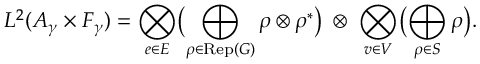
L ^ { 2 } ( { \cal A } _ { \gamma } \times { \cal F } _ { \gamma } ) = \bigotimes _ { e \in E } \bigl ( \bigoplus _ { \rho \in \mathrm { R e p } ( G ) } \rho \otimes \rho ^ { * } \bigr ) \; \otimes \; \bigotimes _ { v \in V } \bigl ( \bigoplus _ { \rho \in S } \rho \bigr ) .